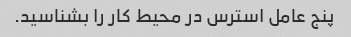
پنج عامل استرس در محیط کار را بشناسید.